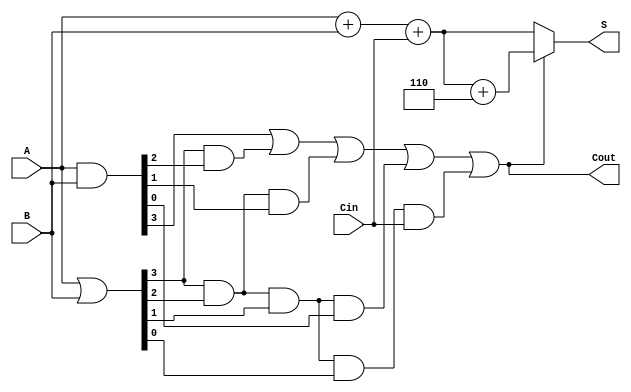
module BCD_Carry_Lookahead_Adder (
    input [3:0] A,     // 4-bit BCD input A
    input [3:0] B,     // 4-bit BCD input B
    input Cin,         // Carry input
    output reg [3:0] S, // 4-bit Sum output
    output reg Cout      // Carry output
);

    wire [3:0] G; // Generate signals
    wire [3:0] P; // Propagate signals
    wire [4:0] C; // Carry signals

    // Generate and Propagate signals
    assign G = A & B;         // G[i] = A[i] AND B[i]
    assign P = A | B;         // P[i] = A[i] OR B[i]

    // Carry Lookahead Logic
    assign C[0] = Cin; // C[0] = Cin
    assign C[1] = G[0] | (P[0] & C[0]); // C[1]
    assign C[2] = G[1] | (P[1] & G[0]) | (P[1] & P[0] & C[0]); // C[2]
    assign C[3] = G[2] | (P[2] & G[1]) | (P[2] & P[1] & G[0]) | (P[2] & P[1] & P[0] & C[0]); // C[3]
    assign C[4] = G[3] | (P[3] & G[2]) | (P[3] & P[2] & G[1]) | (P[3] & P[2] & P[1] & G[0]) | (P[3] & P[2] & P[1] & P[0] & C[0]); // C[4]

    // Sum Calculation
    always @(*) begin
        if (C[4]) begin
            // If C[4] is true, adjust the sum by adding 6
            S = (A + B + Cin) + 4'b0110; // Adjusting the sum by adding 6
        end else begin
            S = A + B + Cin; // Regular sum without adjustment
        end
        
        // Determine the final carry output
        Cout = C[4];
    end

endmodule